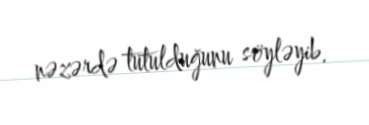
nəzərdə tutulduğunu söyləyib.